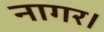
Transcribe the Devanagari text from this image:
नागर।